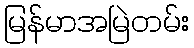
မြန်မာအမြဲတမ်း